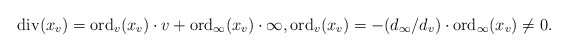
\begin{align*}{\rm div}(x_v)={\rm ord}_v(x_v)\cdot v+{\rm ord}_{\infty}(x_v)\cdot\infty, {\rm ord}_v(x_v)={-(d_\infty/d_v)}\cdot{\rm ord}_\infty(x_v)\ne 0.\end{align*}